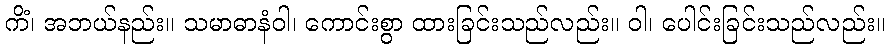
ကိံ၊ အဘယ်နည်း။ သမာဓာနံဝါ၊ ကောင်းစွာ ထားခြင်းသည်လည်း။ ဝါ၊ ပေါင်းခြင်းသည်လည်း။